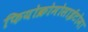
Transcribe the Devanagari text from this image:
फियोक्रोमोसाईटोमा